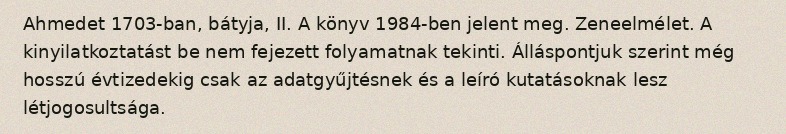
Ahmedet 1703-ban, bátyja, II. A könyv 1984-ben jelent meg. Zeneelmélet. A kinyilatkoztatást be nem fejezett folyamatnak tekinti. Álláspontjuk szerint még hosszú évtizedekig csak az adatgyűjtésnek és a leíró kutatásoknak lesz létjogosultsága.